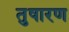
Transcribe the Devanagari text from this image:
तुषारण